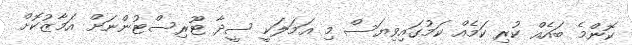
ކޮންމެ ބައެއް ކުރި ކަމެއް ކަމުގައިވިޔަސް މި އަމަލަކީ ސީދާ ޓޫރިސްޓުންނަށް އަމާޒުކޮށް